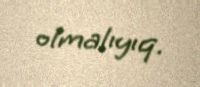
olmalıyıq.